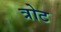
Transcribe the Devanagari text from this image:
त्रोट